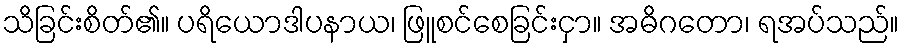
သိခြင်းစိတ်၏။ ပရိယောဒါပနာယ၊ ဖြူစင်စေခြင်းငှာ။ အဓိဂတော၊ ရအပ်သည်။